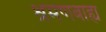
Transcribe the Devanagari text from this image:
श्रमणबाह्य